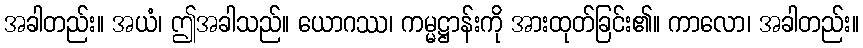
အခါတည်း။ အယံ၊ ဤအခါသည်။ ယောဂဿ၊ ကမ္မဋ္ဌာန်းကို အားထုတ်ခြင်း၏။ ကာလော၊ အခါတည်း။